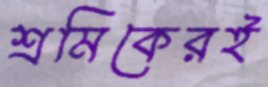
শ্রমিকেরই